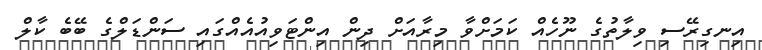
އިނގިރޭސި ވިލާތުގެ ނޫހެއް ކަމަށްވާ މިރާއަށް ދިން އިންޓަވިއުއެއްގައި ސަންޑަލްގެ ބޭބެ ކާލް